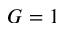
G = 1